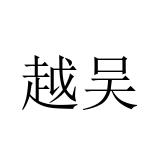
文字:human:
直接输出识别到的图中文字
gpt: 越吴